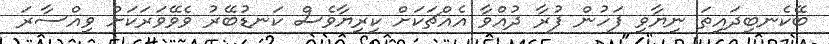
ބޭކެނބިދައިތަ ނިޔާވި ފަހުން ފުރާ ދުއްވާ އެއްޗަކަށް ކިރިޔާވެސް ކަނޑުބޭރު ވެވޭވަރަކަށް ވިއްސާރަ